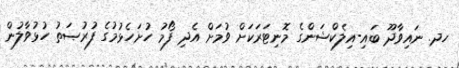
ހދ. ނައިވާދޫ ބައި-އިލެކްޝަންގެ މޮނިޓަރަކަށް ވުމަށް އެދި ފޯމު ހުށަހެޅުމުގެ ފުރުޞަތު ހުޅުވާލުން